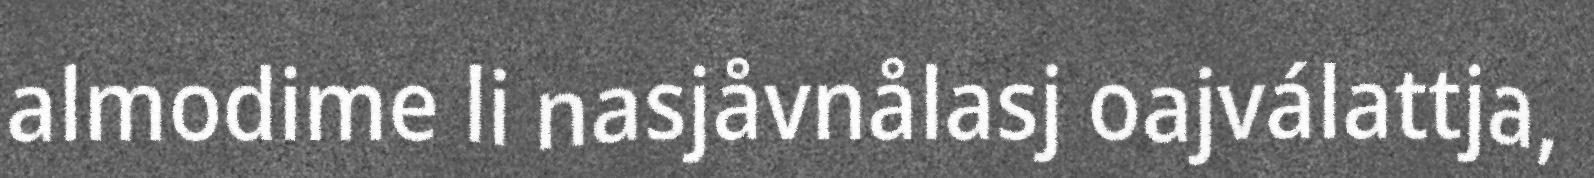
almodime li nasjåvnålasj oajválattja,